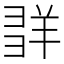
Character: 𦍽